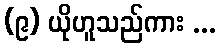
(၉) ယိုဟူသည်ကား ...